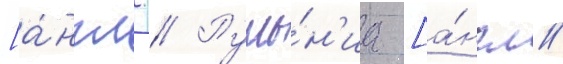
[а́нгл. // Румы́н'иа [а́нгл.